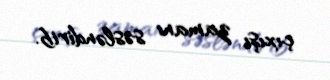
çıxışı zamanı səsləndirib.